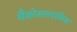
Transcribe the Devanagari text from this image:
चैकोस्लावाकिया